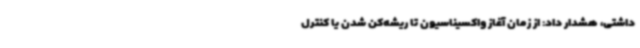
داشتی، هشدار داد: از زمان آغاز واکسیناسیون تا ریشه‌کن شدن یا کنترل